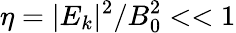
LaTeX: \eta=|E_{k}|^{2}/B_{0}^{2}<<1